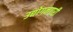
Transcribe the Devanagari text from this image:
उद्योगनगरी